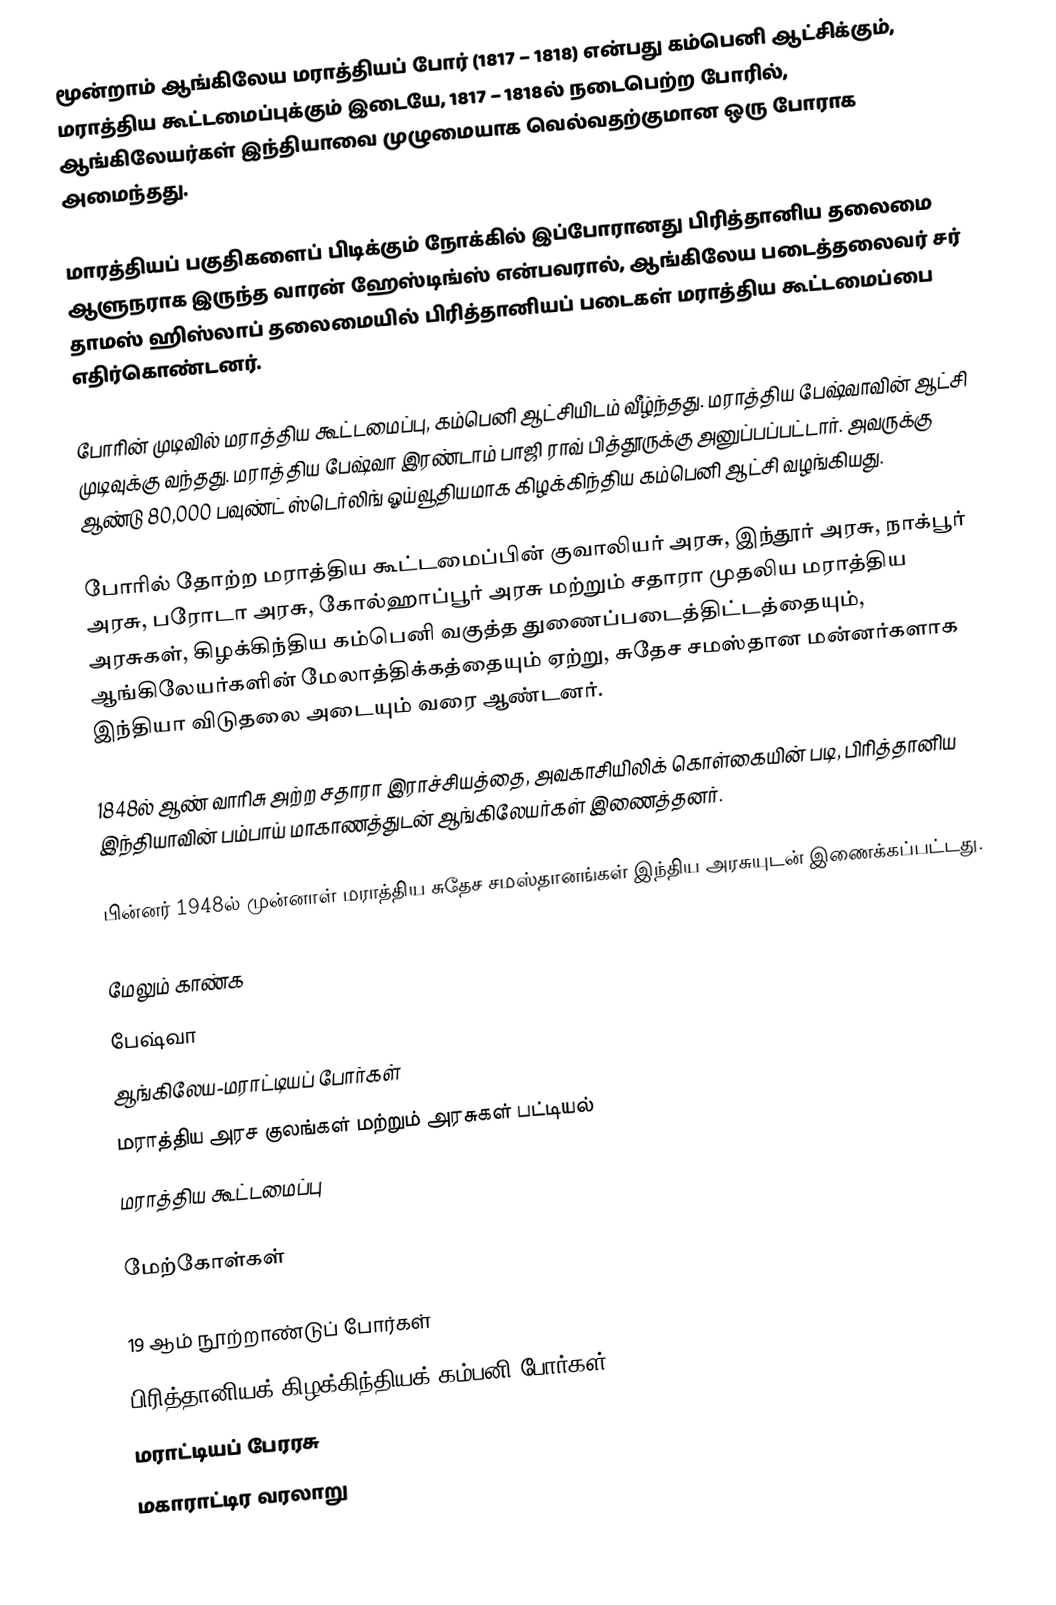
மூன்றாம் ஆங்கிலேய மராத்தியப் போர் (1817 – 1818) என்பது கம்பெனி ஆட்சிக்கும்,  மராத்திய கூட்டமைப்புக்கும் இடையே, 1817 – 1818ல்  நடைபெற்ற போரில், ஆங்கிலேயர்கள் இந்தியாவை முழுமையாக வெல்வதற்குமான ஒரு போராக அமைந்தது.

மாரத்தியப் பகுதிகளைப் பிடிக்கும் நோக்கில் இப்போரானது பிரித்தானிய தலைமை ஆளுநராக இருந்த வாரன் ஹேஸ்டிங்ஸ் என்பவரால், ஆங்கிலேய படைத்தலைவர் சர் தாமஸ் ஹிஸ்லாப் தலைமையில் பிரித்தானியப் படைகள் மராத்திய கூட்டமைப்பை எதிர்கொண்டனர்.

போரின் முடிவில் மராத்திய கூட்டமைப்பு, கம்பெனி ஆட்சியிடம் வீழ்ந்தது. மராத்திய பேஷ்வாவின் ஆட்சி முடிவுக்கு வந்தது. மராத்திய பேஷ்வா இரண்டாம் பாஜி ராவ் பித்தூருக்கு அனுப்பப்பட்டார். அவருக்கு ஆண்டு 80,000 பவுண்ட் ஸ்டெர்லிங் ஓய்வூதியமாக கிழக்கிந்திய கம்பெனி ஆட்சி வழங்கியது.

போரில் தோற்ற மராத்திய கூட்டமைப்பின் குவாலியர் அரசு, இந்தூர் அரசு, நாக்பூர் அரசு, பரோடா அரசு, கோல்ஹாப்பூர் அரசு மற்றும் சதாரா முதலிய மராத்திய அரசுகள், கிழக்கிந்திய கம்பெனி வகுத்த துணைப்படைத்திட்டத்தையும்,  ஆங்கிலேயர்களின் மேலாத்திக்கத்தையும் ஏற்று,  சுதேச சமஸ்தான மன்னர்களாக இந்தியா விடுதலை அடையும் வரை ஆண்டனர்.

1848ல் ஆண் வாரிசு அற்ற சதாரா இராச்சியத்தை, அவகாசியிலிக் கொள்கையின் படி, பிரித்தானிய இந்தியாவின் பம்பாய் மாகாணத்துடன் ஆங்கிலேயர்கள் இணைத்தனர்.

பின்னர் 1948ல் முன்னாள் மராத்திய சுதேச சமஸ்தானங்கள்  இந்திய அரசுயுடன் இணைக்கப்பட்டது.

மேலும் காண்க
 பேஷ்வா
 ஆங்கிலேய-மராட்டியப் போர்கள்
 மராத்திய அரச குலங்கள் மற்றும் அரசுகள் பட்டியல்
 மராத்திய கூட்டமைப்பு

மேற்கோள்கள்

19 ஆம் நூற்றாண்டுப் போர்கள்
பிரித்தானியக் கிழக்கிந்தியக் கம்பனி போர்கள்
மராட்டியப் பேரரசு
மகாராட்டிர வரலாறு